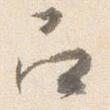
召